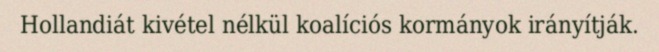
Hollandiát kivétel nélkül koalíciós kormányok irányítják.